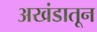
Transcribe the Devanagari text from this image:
अखंडातून